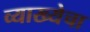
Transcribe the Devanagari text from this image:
व्याख्येचा